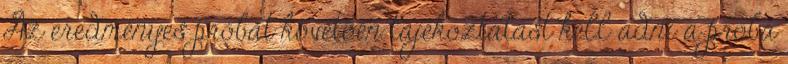
Az eredményes próbát követõen tájékoztatást kell adni a próba